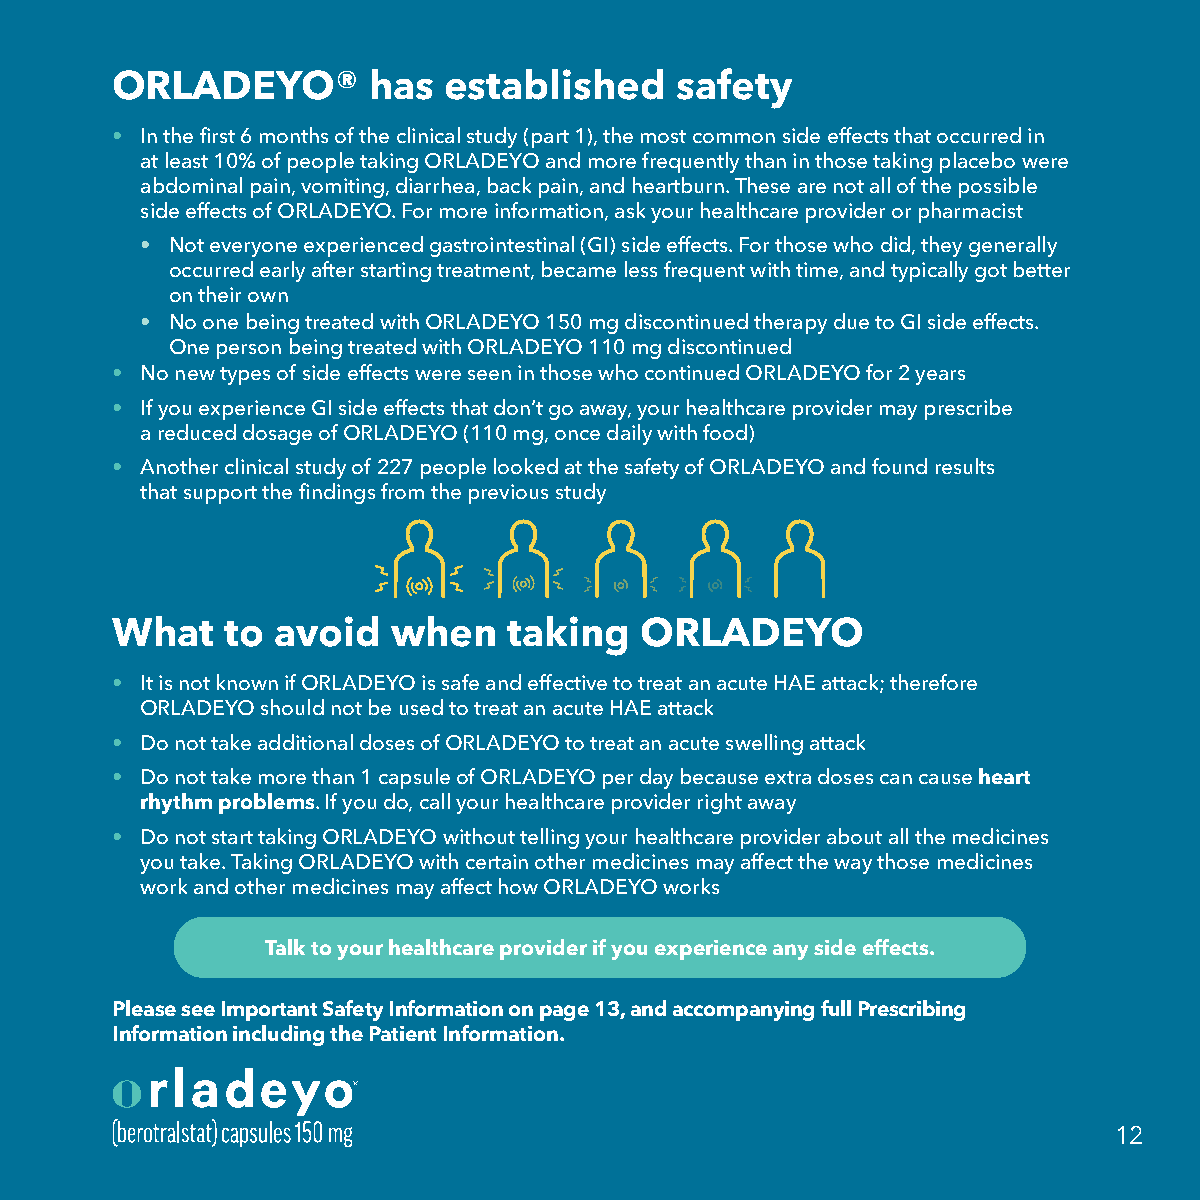
ORLADEYO®        has  established     safety
 • In the first 6 months of the clinical study (part 1), the most common side effects that occurred in
 at least 10% of people taking ORLADEYO and more frequently than in those taking placebo were
 abdominal pain, vomiting, diarrhea, back pain, and heartburn. These are not all of the possible
 side effects of ORLADEYO. For more information, ask your healthcare provider or pharmacist
 • Not everyone experienced gastrointestinal (GI) side effects. For those who did, they generally
 occurred early after starting treatment, became less frequent with time, and typically got better
 on their own
 • No one being treated with ORLADEYO 150 mg discontinued therapy due to GI side effects.
 One person being treated with ORLADEYO 110 mg discontinued
 • No new types of side effects were seen in those who continued ORLADEYO for 2 years
 • If you experience GI side effects that don’t go away, your healthcare provider may prescribe
 a reduced dosage of ORLADEYO (110 mg, once daily with food)
 • Another clinical study of 227 people looked at the safety of ORLADEYO and found results
 that support the findings from the previous study
 What    to avoid   when    taking  ORLADEYO
 • It is not known if ORLADEYO is safe and effective to treat an acute HAE attack; therefore
 ORLADEYO should not be used to treat an acute HAE attack
 • Do not take additional doses of ORLADEYO to treat an acute swelling attack
 • Do not take more than 1 capsule of ORLADEYO per day because extra doses can cause heart
 rhythm problems. If you do, call your healthcare provider right away
 • Do not start taking ORLADEYO without telling your healthcare provider about all the medicines
 you take. Taking ORLADEYO with certain other medicines may affect the way those medicines
 work and other medicines may affect how ORLADEYO works
 Talk to your healthcare provider if you experience any side effects.
 Please see Important Safety Information on page 13, and accompanying full Prescribing
 Information including the Patient Information.
 12